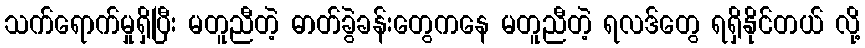
သက်ရောက်မှုရှိပြီး မတူညီတဲ့ ဓာတ်ခွဲခန်းတွေကနေ မတူညီတဲ့ ရလဒ်တွေ ရရှိနိုင်တယ် လို့